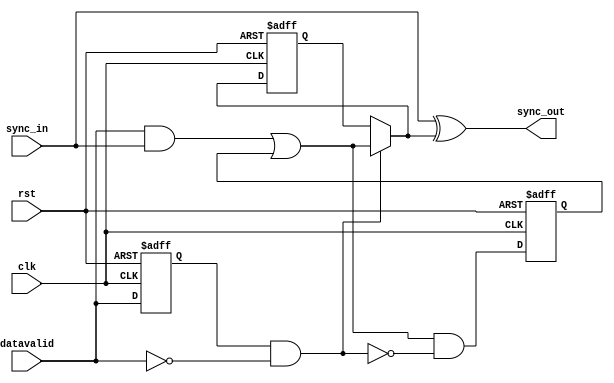
module alt_vipcti131_Vid2IS_sync_polarity_convertor(
    input rst,
    input clk,
    
    input sync_in,
    input datavalid,
    output sync_out);

wire datavalid_negedge;
reg datavalid_reg;
wire needs_invert_nxt;
reg needs_invert;
wire invert_sync_nxt;
reg invert_sync;

assign datavalid_negedge = datavalid_reg & ~datavalid;
assign needs_invert_nxt = (datavalid & sync_in) | needs_invert;
assign invert_sync_nxt = (datavalid_negedge) ? needs_invert_nxt : invert_sync;

always @ (posedge rst or posedge clk) begin
    if(rst) begin
        datavalid_reg <= 1'b0;
        needs_invert <= 1'b0;
        invert_sync <= 1'b0;
    end else begin
        datavalid_reg <= datavalid;
        needs_invert <= needs_invert_nxt & ~datavalid_negedge;
        invert_sync <= invert_sync_nxt;
    end
end

assign sync_out = sync_in ^ invert_sync_nxt;

endmodule